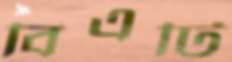
বিএটি